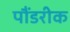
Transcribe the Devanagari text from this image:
पौंडरीक